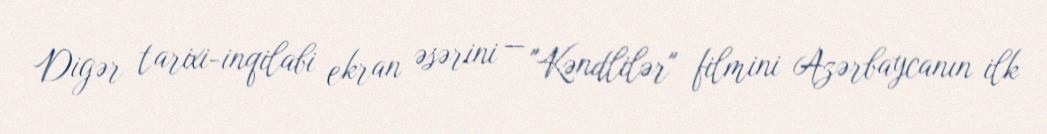
Digər tarixi-inqilabi ekran əsərini — "Kəndlilər" filmini Azərbaycanın ilk